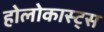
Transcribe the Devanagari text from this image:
होलोकास्ट्स